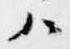
ハ